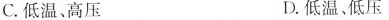
C.低温、高压 D.低温、低压